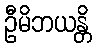
ဦမိဘယန္တိ